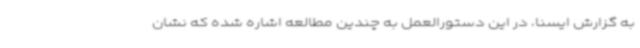
به گزارش ایسنا، در این دستورالعمل به چندین مطالعه اشاره شده که نشان